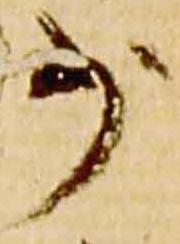
少